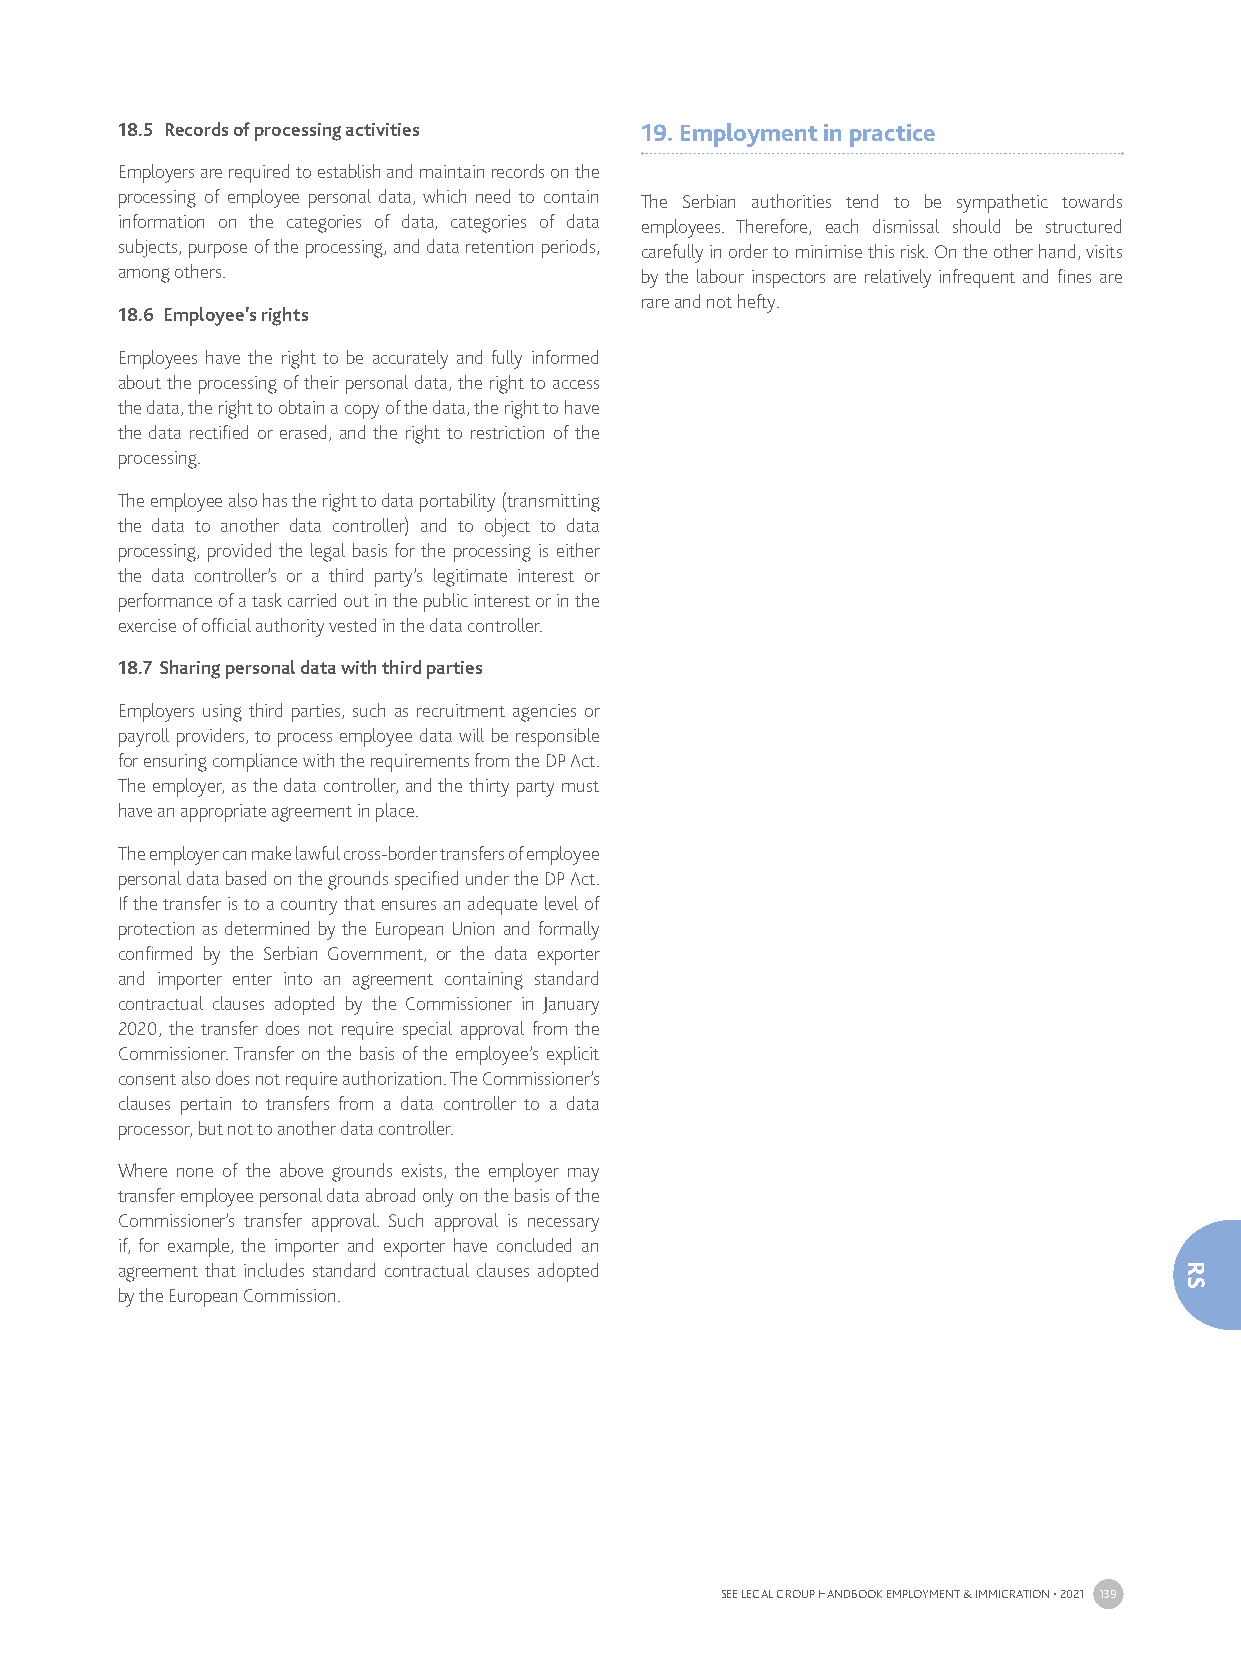
18.5 Records of processing activities 19. Employment in practice
 Employers are required to establish and maintain records on the
 processing of employee personal data, which need to contain The Serbian authorities tend to be sympathetic towards
 information on the categories of data, categories of data employees. Therefore, each dismissal should be structured
 subjects, purpose of the processing, and data retention periods, carefully in order to minimise this risk. On the other hand, visits
 among others.                     by the labour inspectors are relatively infrequent and fines are
 rare and not hefty.
 18.6 Employee’s rights
 Employees have the right to be accurately and fully informed
 about the processing of their personal data, the right to access
 the data, the right to obtain a copy of the data, the right to have
 the data rectified or erased, and the right to restriction of the
 processing.
 The employee also has the right to data portability (transmitting
 the data to another data controller) and to object to data
 processing, provided the legal basis for the processing is either
 the data controller’s or a third party’s legitimate interest or
 performance of a task carried out in the public interest or in the
 exercise of official authority vested in the data controller.
 18.7 Sharing personal data with third parties
 Employers using third parties, such as recruitment agencies or
 payroll providers, to process employee data will be responsible
 for ensuring compliance with the requirements from the DP Act.
 The employer, as the data controller, and the thirty party must
 have an appropriate agreement in place.
 The employer can make lawful cross-border transfers of employee
 personal data based on the grounds specified under the DP Act.
 If the transfer is to a country that ensures an adequate level of
 protection as determined by the European Union and formally
 confirmed by the Serbian Government, or the data exporter
 and importer enter into an agreement containing standard
 contractual clauses adopted by the Commissioner in January
 2020, the transfer does not require special approval from the
 Commissioner. Transfer on the basis of the employee’s explicit
 consent also does not require authorization. The Commissioner’s
 clauses pertain to transfers from a data controller to a data
 processor, but not to another data controller.
 Where none of the above grounds exists, the employer may
 transfer employee personal data abroad only on the basis of the
 Commissioner’s transfer approval. Such approval is necessary
 if, for example, the importer and exporter have concluded an
 agreement that includes standard contractual clauses adopted
 by the European Commission.
 SEE LEGAL GROUP HANDBOOK EMPLOYMENT & IMMIGRATION • 2021 139
 RS